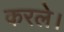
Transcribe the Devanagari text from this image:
करले।